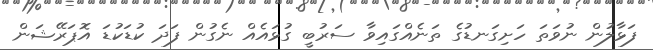
ފަޅާލުން ނުވަތަ ހަށިގަނޑުގެ ތަނެއްގައިވާ ސަރުބީ ގުޅައެއް ނެގުން ފަދަ ކުޑަކުޑަ އޮޕަރޭޝަން